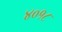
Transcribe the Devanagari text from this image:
४०१८